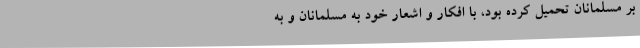
بر مسلمانان تحمیل کرده بود، با افکار و اشعار خود به مسلمانان و به